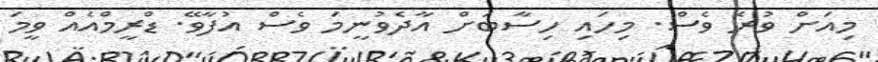
މިއަށް ވުރެ ވެސް. މިހައި ހިސާބަށް އާދެވުނީމަ ވެސް އުފާވޭ. ޑްރީމްއެއް ވީމަ